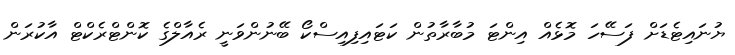
ޔުނައިޓެޑަށް ފަސޭހަ މޮޅެއް އިންޓަ މުބާރާތުން ކަޓައިފިއިސްކޯ ބޭނުންވަނީ ރެއާލްގެ ކޮންޓްރެކްޓް އާކުރަން